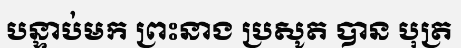
បន្ទាប់មក ព្រះនាង ប្រសូត បាន បុត្រ